Sanitation, dispensaries and jails vaccination Rajputana 1922-1927 - 1922-1927
Year: 1922
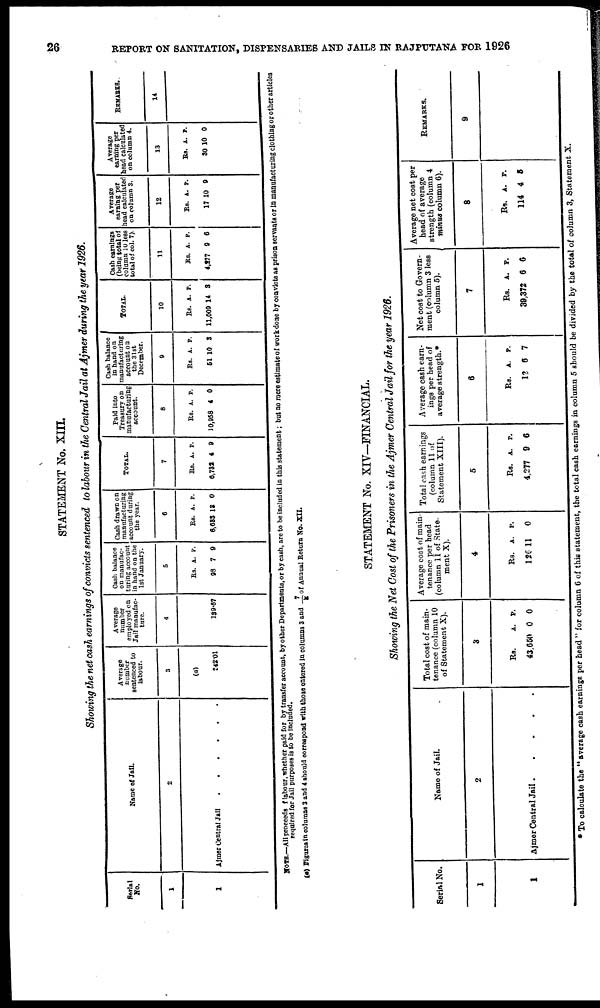
26
REPORT ON SANITATION, DISPENSARIES AND JAILS IN RAJPUTANA FOR 1926
STATEMENT No. XIII.
Showing the net cash earnings of convicts sentenced to labour in the Central Jail at Ajmer during the year 1926.
Serial
No.
1
1
Name of Jail.
2
Ajmer Central Jail . . . .
Average
number
sentenced to
labour.
3
(a)
242.01
Average
number
employed on
Jail manufac-
ture.
4
139.07
Cash balance
on manufac-
turing account
in hand on the
1st January.
5
Rs.
98
A.
7
P.
9
Cash drawn on
manufacturing
account during
the year.
6
Rs.
6,933
A.
13
P.
0
TOTAL.
7
Rs.
6,732
A.
4
P.
9
Paid into
Treasury on
manufacturing
account.
8
Rs.
10,958
A.
4
P.
0
Cash balance
in hand on
manufacturing
account on
the 31st
December.
9
Rs.
51
A.
10
P.
3
TOTAL.
10
Rs.
11,009
A.
14
P.
3
Cash earnings
(being total of
column 10 less
total of col. 7).
11
Rs.
4,277
A.
9
P.
6
Average
earning per
head calculated
on column 3.
12
Rs.
17
A.
10
P.
9
Average
earning per
head calculated
on column 4.
13
Rs.
30
A.
10
P.
0
REMARKS.
14
NOTE.—All proceeds of labour, whether paid for by transfer account, by other Departments, or by cash, are to be included in this statement; but no mere estimate of work done by convicts as prison servants or in manufacturing clothing or other articles
required for Jail purposes is to be included.
(a) Figures in columns 3 and 4 should correspond with those entered in columns 3 and 7/K of Annual Return No. XII.
STATEMENT No. XIV—FINANCIAL.
Showing the Net Cost of the Prisoners in the Ajmer Central Jail for the year 1926.
Serial No.
1
1
Name of Jail.
2
Ajmer Central Jail
.
.
.
.
.
Total cost of main-
tenance (column 10
of Statement X).
3
Rs.
43,650
A.
0
P.
0
Average coat of main-
tenance per head
(column 11 of State-
ment X).
4
Rs.
126
A.
11
P.
0
Total cash earnings
(column 11 of
Statement XIII).
5
Rs.
4,277
A.
9
P.
6
Average cash earn-
ings per head of
average strength.*
6
Rs.
12
A.
6
P.
7
Net cost to Govern-
ment (column 3 less
column 5).
7
Rs.
39,372
A.
6
P.
6
Average net cost per
head of average
strength (column 4
minus column 6).
8
Rs.
114
A.
4
P.
5
REMARKS.
9
* To calculate the " average cash earnings per head " for column 6 of this statement, the total cash earnings in column 5 should be divided by the total of column 3, Statement X.